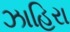
ઝાહિરા